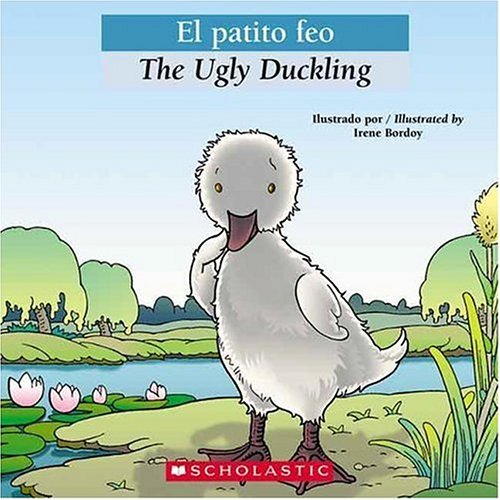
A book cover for Bilingual Tales: El patito feo / The Ugly Duckling (Spanish Edition); Children's Books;